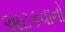
અટકવાનો